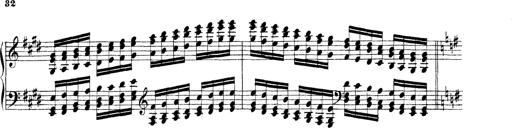
Title: Technische Studien
Composer: Franz Liszt